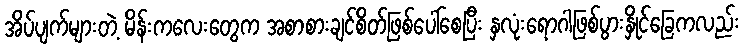
အိပ်ပျက်များတဲ့ မိန်းကလေးတွေက အစာစားချင်စိတ်ဖြစ်ပေါ်စေပြီး နှလုံးရောဂါဖြစ်ပွားနှိုင်ခြေကလည်း